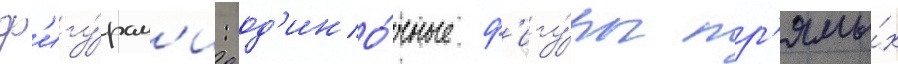
ф'игу́рам'и: од'ино́чные ф'игу́ры пр'ямы́х